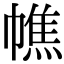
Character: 𢄺